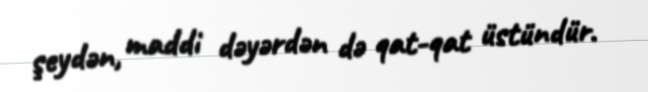
şeydən, maddi dəyərdən də qat-qat üstündür.